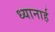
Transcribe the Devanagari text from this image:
ध्यानार्ह